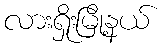
လားရှိုးမြို့နယ်